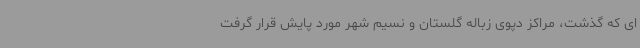
ای که گذشت، مراکز دپوی زباله گلستان و نسیم شهر مورد پایش قرار گرفت